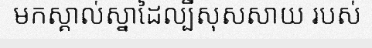
មកស្គាល់ស្នាដៃល្បីសុសសាយ របស់